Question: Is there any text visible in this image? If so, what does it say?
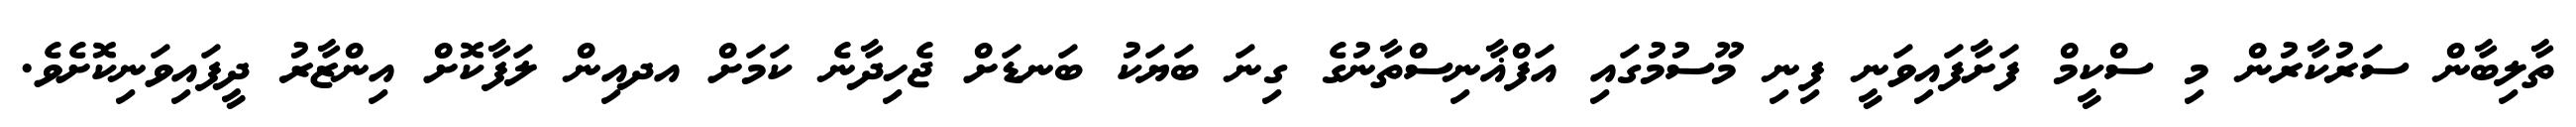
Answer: ތާލިބާން ސަރުކާރުން މި ސްކީމް ފަށާފައިވަނީ ފިނި މޫސުމުގައި އަފްޣާނިސްތާނުގެ ގިނަ ބަޔަކު ބަނޑަށް ޖެހިދާނެ ކަމަށް އދއިން ލަފާކޮށް އިންޒާރު ދީފައިވަނިކޮށެވެ.